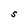
Character: S